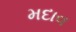
મદાવ